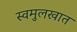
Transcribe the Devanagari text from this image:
स्वमुलखात